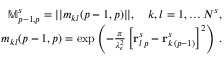
\begin{array} { r l r } & { } & { \mathbb M _ { p - 1 , p } ^ { s } = | | m _ { k l } ( p - 1 , p ) | | , \quad k , l = 1 , \ldots N ^ { s } , } \\ & { } & { m _ { k l } ( p - 1 , p ) = \exp \left( - \frac { \pi } { \lambda _ { \epsilon } ^ { 2 } } \left[ \mathbf r _ { l \, p } ^ { s } - \mathbf r _ { k \, ( p - 1 ) } ^ { s } \right] ^ { 2 } \right) \, . } \end{array}